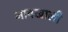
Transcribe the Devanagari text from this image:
नावखाली